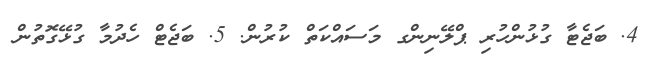
4. ބަޖެޓާ ގުޅުންހުރި ޕްލޭނިންގ މަސައްކަތް ކުރުން. 5. ބަޖެޓް ހެދުމާ ގުޅޭގޮތުން